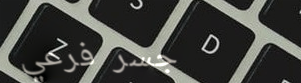
جسر فرعي